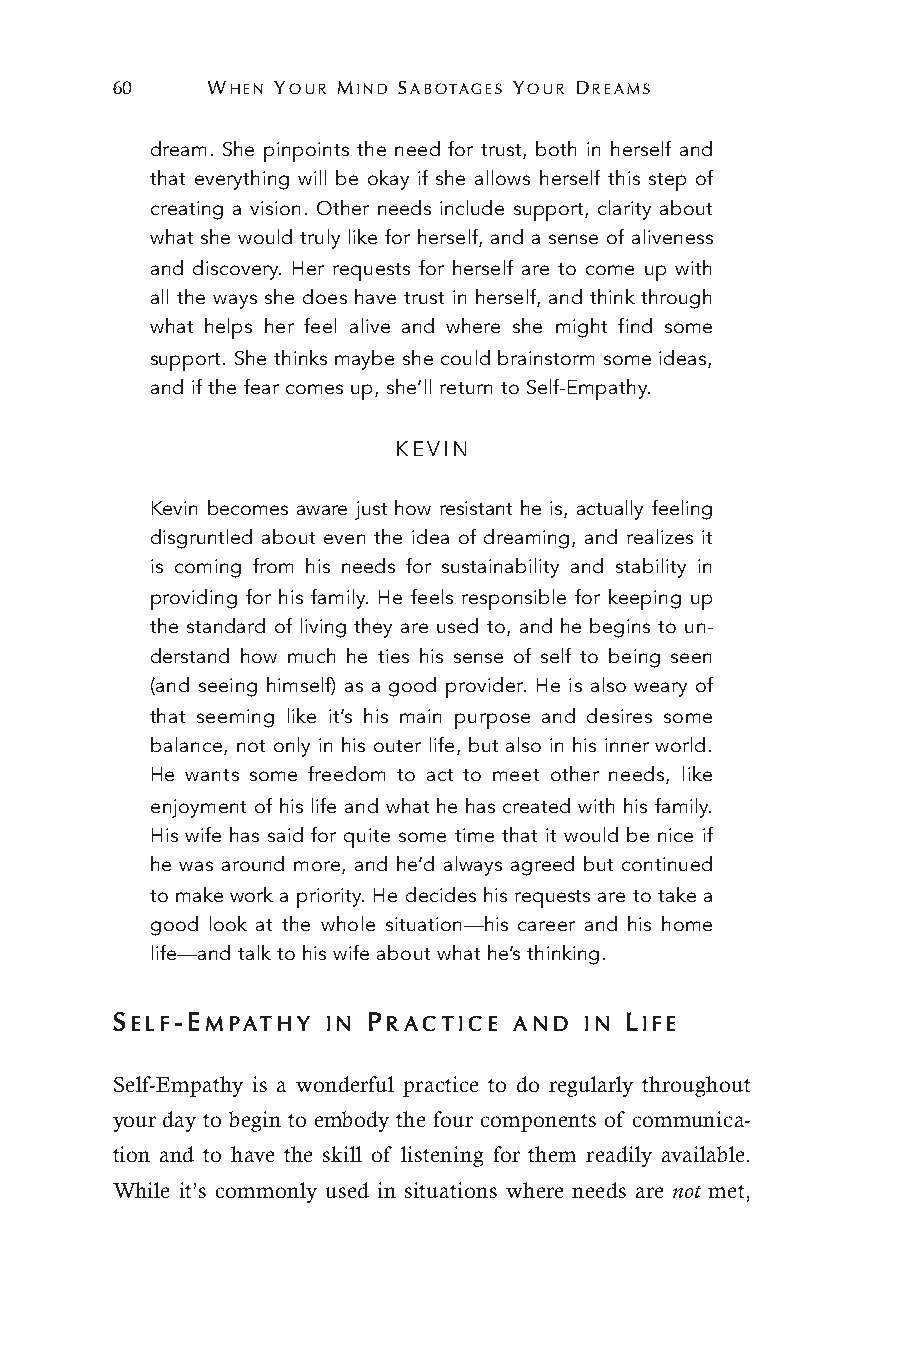
60     WHEN YOUR MIND SABOTAGES YOUR DREAMS
 dream. She pinpoints the need for trust, both in herself and
 that everything will be okay if she allows herself this step of
 creating a vision. Other needs include support, clarity about
 what she would truly like for herself, and a sense of aliveness
 and discovery. Her requests for herself are to come up with
 all the ways she does have trust in herself, and think through
 what helps her feel alive and where she might find some
 support. She thinks maybe she could brainstorm some ideas,
 and if the fear comes up, she’ll return to Self-Empathy.
 KEVIN
 Kevin becomes aware just how resistant he is, actually feeling
 disgruntled about even the idea of dreaming, and realizes it
 is coming from his needs for sustainability and stability in
 providing for his family. He feels responsible for keeping up
 the standard of living they are used to, and he begins to un-
 derstand how much he ties his sense of self to being seen
 (and seeing himself) as a good provider. He is also weary of
 that seeming like it’s his main purpose and desires some
 balance, not only in his outer life, but also in his inner world.
 He wants some freedom to act to meet other needs, like
 enjoyment of his life and what he has created with his family.
 His wife has said for quite some time that it would be nice if
 he was around more, and he’d always agreed but continued
 to make work a priority. He decides his requests are to take a
 good look at the whole situation—his career and his home
 life—and talk to his wife about what he’s thinking.
 SELF-EMPATHY   IN PRACTICE AND  IN LIFE
 Self-Empathy is a wonderful practice to do regularly throughout
 your day to begin to embody the four components of communica-
 tion and to have the skill of listening for them readily available.
 While it’s commonly used in situations where needs are not met,